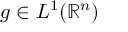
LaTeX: g \in L ^ { 1 } ( \mathbb { R } ^ { n } )